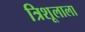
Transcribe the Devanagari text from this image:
त्रिशूलाला